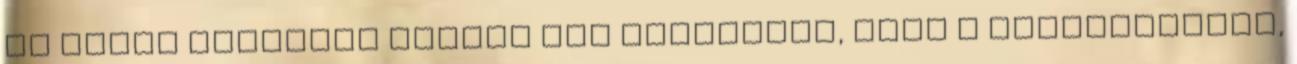
el tudok képzelni estére meg hétvégére, mint a tetűvadászat,